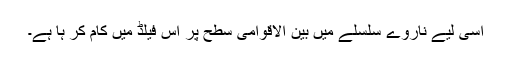
اسی لیے ناروے سلسلے میں بین الاقوامی سطح پر اس فیلڈ میں کام کر ہا ہے۔